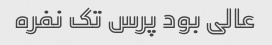
عالی بود پرس تک نفره